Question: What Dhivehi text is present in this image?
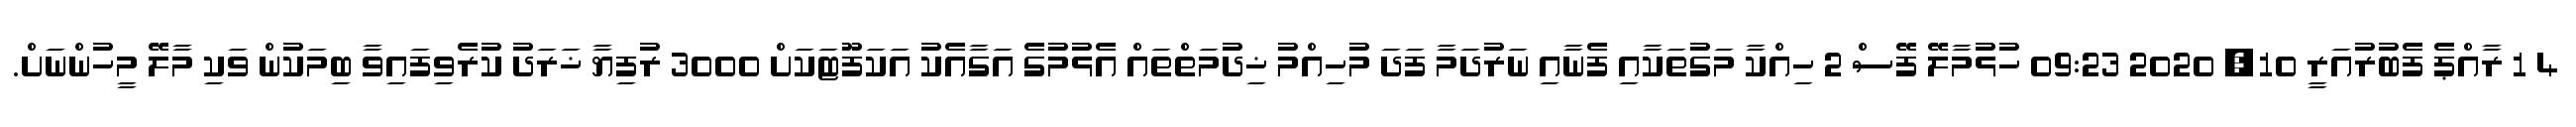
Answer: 4 1 ރާއްޕެ ފެބުރުއަރީ 10, 2020 09:23 ހުޅުމާލޭ ފޭސް 2 ހިއްކާ މަގުތަކާއި ފެނާއި ނަރުދަމާ ފަދަ މުހިއްމު ޚިދުމަތްތައް އެޅުމުގެ އަގާއެކު އަކަފޫޓަކަށް 3000 ރުފިޔާ ޚަރަދު ކުރެވިފައިވާ ބިމަކުން ވަކި މާލޭ މީހުންނަށް.